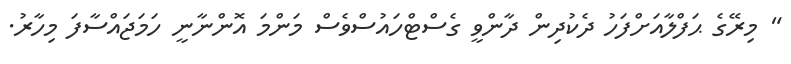
" މިރޭގެ ޙަފްލާއަށްފަހު ދެކުދިން ދާންވީ ގެސްޓްހައުސްވެސް މަންމަ އޮންނާނީ ހަމަޖައްސާފަ މިހާރު.